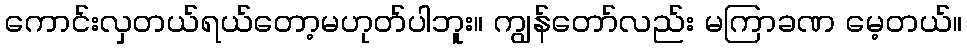
ကောင်းလှတယ်ရယ်တော့မဟုတ်ပါဘူး။ ကျွန်တော်လည်း မကြာခဏ မေ့တယ်။